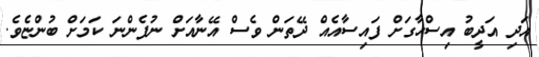
އަދި އަދީބު އިސްހާގަށް ފައިސާއެއް ދޭތަން ވެސް އޭނާއަށް ނުފެންނަ ކަމަށް ބުންޏެވެ.